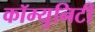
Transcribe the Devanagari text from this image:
कॉम्‍युनिटी